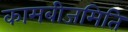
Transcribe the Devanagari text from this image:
कामबीजमिति